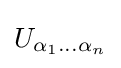
U_{\alpha _{1}\ldots \alpha _{n}}